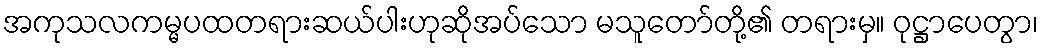
အကုသလကမ္မပထတရားဆယ်ပါးဟုဆိုအပ်သော မသူတော်တို့၏ တရားမှ။ ဝုဋ္ဌာပေတွာ၊